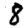
Digit: 8